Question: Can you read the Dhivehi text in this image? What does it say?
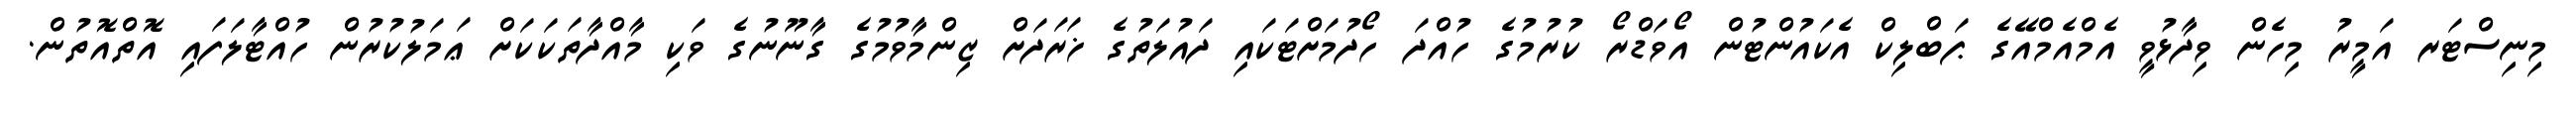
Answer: މިނިސްޓަރ އަމީރު މިހެން ވިދާޅުވީ އެމްއެމްއޭގެ ޕަބްލިކް އެކައުންޓުން އޯވަޑްރޯ ކުރުމުގެ ހުއްދަ ހޯދުމަށްޓަކައި ދައުލަތުގެ ޚަރަދަށް ޒިންމާވުމުގެ ގާނޫނުގެ ވަކި މާއްދާތަކަކަށް ޢަމަލުކުރުން ހުއްޓާލަފައި އޮތްއޮތުން.